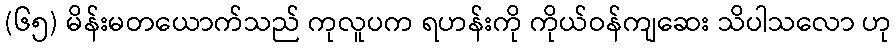
(၆၅) မိန်းမတယောက်သည် ကုလူပက ရဟန်းကို ကိုယ်ဝန်ကျဆေး သိပါသလော ဟု